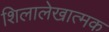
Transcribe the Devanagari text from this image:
शिलालेखात्‍मक